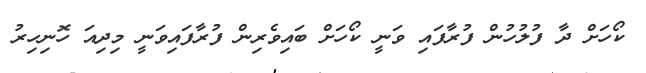
ކޯހަށް ދާ ފުލުހުން ފުރާފައި ވަނީ ކޯހަށް ބައިވެރިން ފުރާފައިވަނީ މިދިއަ ހޮނިހިރު